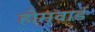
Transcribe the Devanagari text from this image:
होमवार्ड